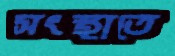
সংস্থাতে